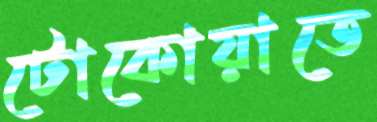
টোকোয়াতে